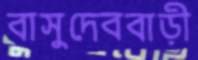
বাসুদেববাড়ী